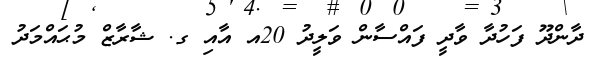
ދާންދޫ ފަހުދާ ވާދީ ފައްސާން ވަލީދު 20އ އާއި ގ. ޝާރާޒް މުޙައްމަދު